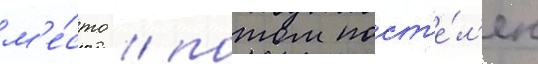
м'е́сто / потом пост'е́л'ен